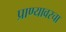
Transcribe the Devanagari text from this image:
प्राण्यावरचा